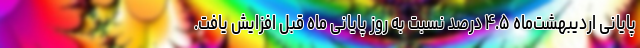
پایانی اردیبهشت‌ماه ۴.۵ درصد نسبت به روز پایانی ماه قبل افزایش یافت.